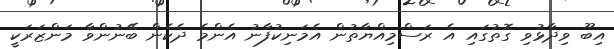
އިބޫ ވިދާޅުވި ގޮތުގައި އެ ރަސްމިއްޔާތުން އެމަނިކުފާނު އެންމެ ދެކެން ބޭނުންވާ މަންޒަރަކީ